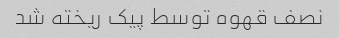
نصف قهوه توسط پیک ریخته شد